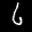
Label: 6